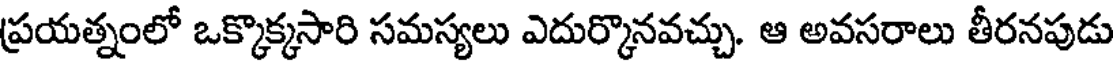
ప్రయత్నంలో ఒక్కొక్కసారి సమస్యలు ఎదుర్కొనవచ్చు. ఆ అవసరాలు తీరనపుడు